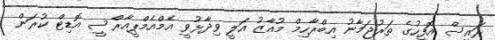
ރައީސް އޮފީހުގެ ތަރުޖަމާނު އިބްރާހިމް މުއާޒު އަލީ ވިދާޅުވީ އެމްއެމްޕީއާރްސީ އޮޑިޓް ކުރަން